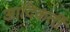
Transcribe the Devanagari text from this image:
आदिकर्ती